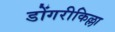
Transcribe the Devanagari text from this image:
डोंगरीकिल्ला